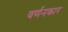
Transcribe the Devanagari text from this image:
वर्णनकार